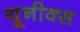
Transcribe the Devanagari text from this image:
यूनीक्स